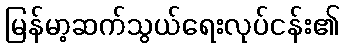
မြန်မာ့ဆက်သွယ်ရေးလုပ်ငန်း၏